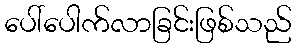
ပေါ်ပေါက်လာခြင်းဖြစ်သည်